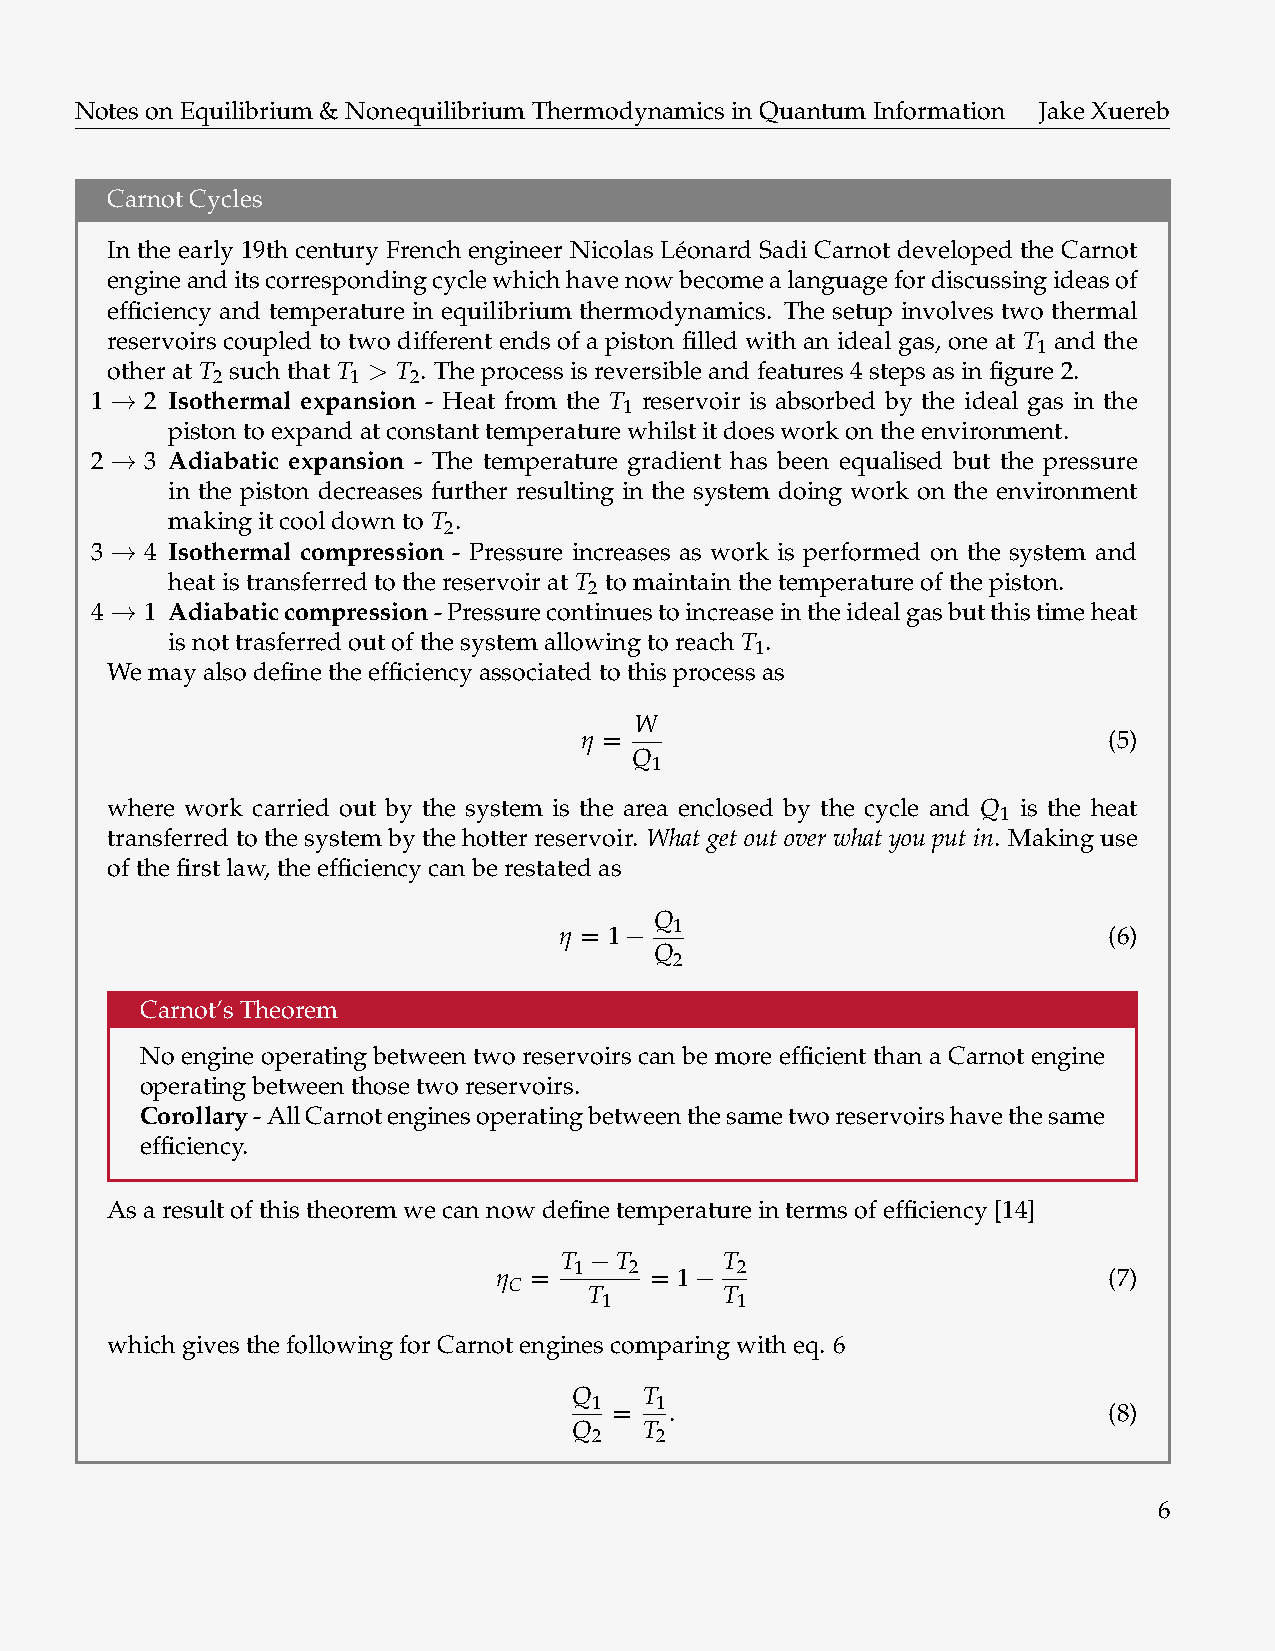
NotesonEquilibrium&NonequilibriumThermodynamicsinQuantumInformation JakeXuereb
 CarnotCycles
 In the early 19th century French engineer Nicolas Le´onard Sadi Carnot developed the Carnot
 engineanditscorrespondingcyclewhichhavenowbecomealanguagefordiscussingideasof
 efficiency and temperature in equilibrium thermodynamics. The setup involves two thermal
 reservoirs coupled to two different ends of a piston filled with an ideal gas, one at T and the
 1
 otherat T suchthat T > T . Theprocessisreversibleandfeatures4stepsasinfigure2.
 2        1   2
 1 → 2 Isothermal expansion - Heat from the T reservoir is absorbed by the ideal gas in the
 1
 pistontoexpandatconstanttemperaturewhilstitdoesworkontheenvironment.
 2 → 3 Adiabatic expansion - The temperature gradient has been equalised but the pressure
 in the piston decreases further resulting in the system doing work on the environment
 makingitcooldownto T .
 2
 3 → 4 Isothermal compression - Pressure increases as work is performed on the system and
 heatistransferredtothereservoirat T tomaintainthetemperatureofthepiston.
 2
 4 → 1 Adiabaticcompression-Pressurecontinuestoincreaseintheidealgasbutthistimeheat
 isnottrasferredoutofthesystemallowingtoreach T .
 1
 Wemayalsodefinetheefficiencyassociatedtothisprocessas
 W
 η =                                (5)
 Q
 1
 where work carried out by the system is the area enclosed by the cycle and Q is the heat
 1
 transferred to the system by the hotter reservoir. What get out over what you put in. Making use
 ofthefirstlaw,theefficiencycanberestatedas
 Q
 η = 1−  1                           (6)
 Q
 2
 Carnot’sTheorem
 No engine operating between two reservoirs can be more efficient than a Carnot engine
 operatingbetweenthosetworeservoirs.
 Corollary-AllCarnotenginesoperatingbetweenthesametworeservoirshavethesame
 efficiency.
 Asaresultofthistheoremwecannowdefinetemperatureintermsofefficiency[14]
 T −T       T
 η =  1   2 = 1− 2                       (7)
 C
 T        T
 1        1
 whichgivesthefollowingforCarnotenginescomparingwitheq. 6
 Q    T
 1 = 1 .                           (8)
 Q    T
 2   2
 6